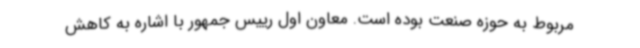
مربوط به حوزه‌ صنعت بوده است. معاون اول رییس جمهور با اشاره به کاهش